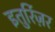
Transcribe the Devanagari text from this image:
इतुर्रिज़र